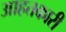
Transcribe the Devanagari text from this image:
आहतकारी